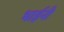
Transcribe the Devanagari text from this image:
भाईनी